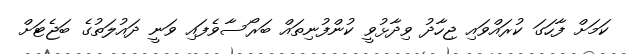
ކަމަށް ފާހަގަ ކުރައްވައި ޖިހާދު ވިދާޅުވީ ކުންފުނިތައް ބަރޯސާވެފައި ވަނީ ދައުލަތުގެ ބަޖެޓަށް